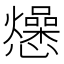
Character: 𭟡